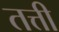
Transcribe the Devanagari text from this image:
तत्ती